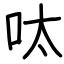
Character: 呔